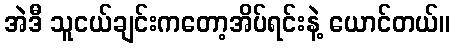
အဲဒီ သူငယ်ချင်းကတော့အိပ်ရင်းနဲ့ ယောင်တယ်။